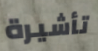
تأشيرة